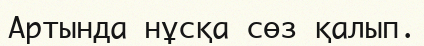
Артында нұсқа сөз қалып.